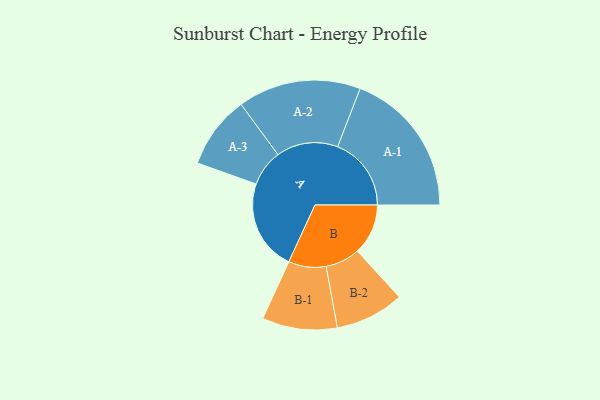
{"axis": {"x": "Segment", "y": "Value"}, "legend": ["", "A", "B"], "data": [{"x": "A", "y": 322, "type": ""}, {"x": "B", "y": 180, "type": ""}, {"x": "A-1", "y": 261, "type": "A"}, {"x": "A-2", "y": 218, "type": "A"}, {"x": "A-3", "y": 129, "type": "A"}, {"x": "B-1", "y": 133, "type": "B"}, {"x": "B-2", "y": 122, "type": "B"}]}